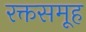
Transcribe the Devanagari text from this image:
रक्तसमूह